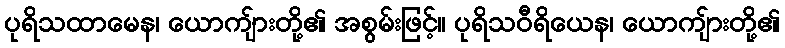
ပုရိသထာမေန၊ ယောကျ်ားတို့၏ အစွမ်းဖြင့်။ ပုရိသဝီရိယေန၊ ယောကျ်ားတို့၏